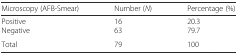
| Microscopy (AFB-Smear) | Number (N) | Percentage (%) |
 | --- | --- | --- |
 | PositiveNegative | 1663 | 20.379.7 |
 | Total | 79 | 100 |